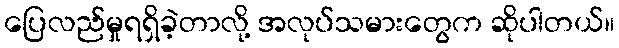
ပြေလည်မှုရရှိခဲ့တာလို့ အလုပ်သမားတွေက ဆိုပါတယ်။